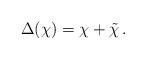
LaTeX: \begin{align*}\Delta(\chi )=\chi +\tilde{\chi}\,. \end{align*}